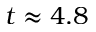
t \approx 4 . 8